Calcutta medical institutions reports 1871-78
Year: 1871
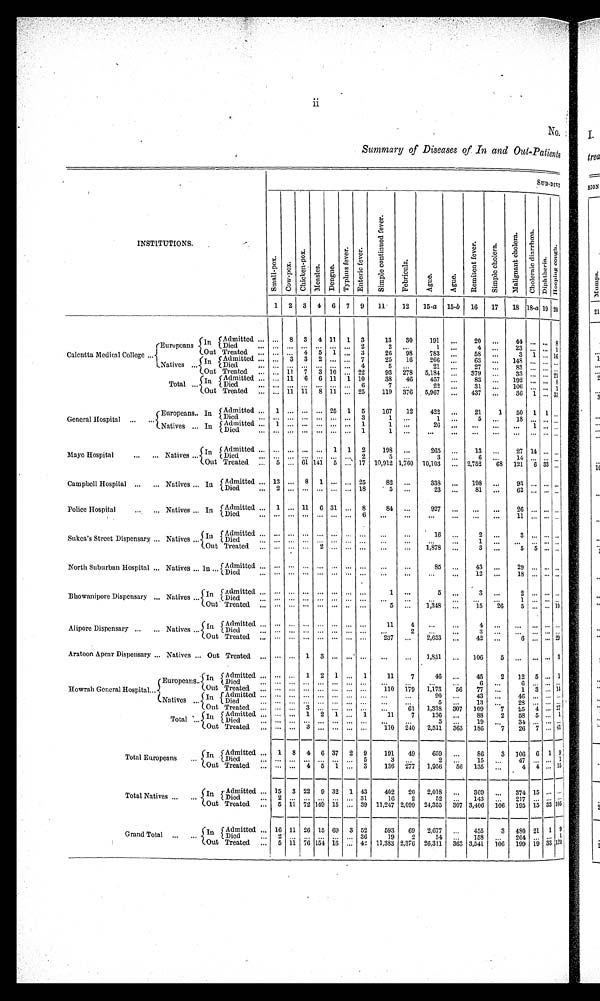
ii
No:
Summary of Diseases of. In and Out-Patients
S U B - D I V
INSTITUTIONS.
S m a l l - p o x .
V o w - p o x .
C h i c k e n - p o x .
M e a s l e s . D e n g u e .
T y p h y s f e v e r . E n t e r i c f e v e r .
S i m p l e c o n t i n u e d f e v e r .
F e b r i c u l a .
Ag u e .
Ag u e .
Remi t ent f ever .S i m p l e c h o l e r a .
M a l i g m a n t c h o l e r a . C h o l e r n i c d i a r r h o e a .
D h p t h e r i a .
H o o p i n g c o u g h .
1 2 3 4
6 7 9 11 12 15-a 15-b 16 17 18 18-a 19 20
Calcutta Medical College
Europeans
I n
Admitted ... 8 3 4 11 1 3
13 30 191 ... 20 ...
4 4 . . . ... 8
Died
... ... . . . ... ... ... 2
2 ...
1 ...
4. ... 23 . . . . . . 1
Natives
Out Treated
... . . . 4 5 1 . . . 3
26 98 783 ... 58 ... 3 1 ... 16
In Admitted ... . 3 3 2 ... . . . 7
25 16 266 ... 63 ... 148 ... . . . . . .
D i e d ... . . . . . . ... . . . . . . 4
5
. . .
21 ... 27 .. 83 . . . ... . . .
Out Treated
.. 11 7 3 10 ... 22
93 278 5,184 ... 379 ... 33 . . . ... 2 1
I n
A d m i t t e d ... 11 6 6 11 1 10
38 46 457 ... 83 ... 192 .. ... 8
Total
Died
. . . . . . . . . . . . . . . . . . 6
7
. . .
2 2
... 31 ... 106 . . . ... 1
O u t Treated
. . . 1 1 1 1 8 1 1 . . 2 5
1 1 9 3 7 6
5 , 9 6 7 ... 437 ...
3 6 1 ... 37
G e n e r a l H o s p i t a l Europeans
I n
A d m i t t e d 1 . . . . . . . . . 25 1 5 167 12 422 ... 21 1
5 0 1 1 . . .
Died
. . . . . . . . . . . . . . . . . .
3
1
. . .
1 ... 5
...
1 8 . . .
... . . .
Natives. In Admitted . . . . . . 1
. . . . . . . . . . . . . . 1
1
. . . 2 6
. . .
... ... ...
. . . 1 ... . . . .
Died
. . . . . . . . . . . . . . . . . . 1
1
. . .
. . . .
... ... ...
. . . . . .
... . . .
Mayo Hospital
Natives
I n Admitted ... ... .. ... 1 1 2 198 ...
265 ... 13 ... 27 14 ... . . .
Died
. . . . . . . . . . . . . . . . . . 2
5 ...
3 ...
6 ... 14 . . . ... . . .
Out Treated
5 . . . 6 1 1 4 1 5 . . . 17 10,912 1,760 10,103 ... 2,752 68 121 6 33 . . .
Campbell Hospital
Natives In
A d m i t t e d 13 . . . 8 1 . . . . . . 2 5
8 2 . . . 338 ... 198 .. 93 . . .
... . . .
D i e d 2 ... ... ... . . . . . 1 8
5
. . . 23 ...
81 ... 62 ... ... . . .
Police Hospital
Natives. In
Admitted
1 . . 11 .6 31 . . . 8
84 ...
927 ... ... ... 26 . . . ... . . .
D i e d . .
::: . . . . . . . . . . . . 6
. . .
. . . ... ... ... ...
1 1 . . .
... . .
Sukea's Street Dispensary Natives
I n Admitted
. . . . . . . . . . . . . . . . . . . . ... ...
16 ...
2 ...
3 . . .
... . . .
..
Died
... ... ... ... ... ... ... ... ...
..
... 1 ...
. . . . . .
... . . .
Out Treated
... ... ... 2 . . . . . . . . .
. . .
. . .
1 , 8 7 8
...
3 ... 5 5 . . . . .
North Suburban Hospital Natives. In
A d m i t t e d . . . . . . . . . . . . . . . . . . . . .
. . . .
. . .
85 ... 43 ... 29 . . .
... . . .
Died
. . . . . . . . . . . . . . . . . . . . .
. . .
. . . .. ... 12 ...
1 8 . .
... . . .
B h o w a n i p o e w D i s p e n s a r y Natives In
Admitted
. . . . . . . . . . . . . . . . . . . .
1 ..
5 ... 3 ..
2 . . .
... . . .
D i e d . . . . . . . . . . . . . . . . . . . . . ...
. . . ... ... ... ...
1 . . .
... . . .
Out Treated
. . . . . . . . . . . . . . . . . . . .
5
. . . 1,348 ... 15
26 5 ... ... 10
Alipore Dispensary
Natives
I n Admitted
. . . ... ... ... ... ... ...
11 4
. . . ... 4 ...
. . . . . . . . . . .
Died
. . . . . . . . . . . . . . . . . . . .
. . .
2
. . .
... 3
...
. . . . . .
.. . . .
Out Treated
. . . . . . . . . . . . . . . . . . . . 237 ... 2,653 ... 42 ...
6 ... ,.. 2 9
Aratoon Apear Dispensary Natives Out Treated
. . . . . . 1 3 ... . . . ... ... ... 1,851 ... 106 5
. . . . . . . . . 3
H o w e a h G e n e r a l H o s p i t a l
E u r o p e a n s In Admitted
. . . . . . 1 2 1 ... 1
11 7
46 ... 45 2
12 5 ... 1
D i e d . . . . . . ... ... . . . . . . . . .
. . . ...
. . . ...
6 ...
6 . . .
... . . .
Out
T r e a t e d . . . . . . . . . . . . . . . . . . . . . 110 179
1 , 1 7 3 56 77 . . .
.
1 3 ... 1 4
Natives
I n Admitted
. . . . . . . . . . . . . . . . . . . . .
. .
. . .
90 ... 43 ... 46 ... ... . . .
D i e d . . . . . . . . . . . . . . . . . . . .
. . .
. . .
5 ... 13 ...
2 8 . . . ... . . .
Out Treated
... ... . 3 . . . . . . . . . . . . . .. ... 61 1,338 307 109 7
2 5 4 ... 2 7
Total
I n
A d m i t t e d . . . . . . 1 2 1 . . . 1
11 7 136 ... 88 2
5 8 5 .... 1
D i e d ... . . . . . . . . . . . . . . . . .
. .
. . .
5 . . . . 19 ... 34 . . .
.. ...
Out Treated
... ... 3 . . . . . . . . . . . . 110
2 4 0 2,511 3.63 186 7 26 7 ... 4 1
Total Europeans
I n
A d m i t t e d
1 8 4
6 37 2 9 191 49 659 ... 86
3 106
6 1 9
Died
. . . . . . . . . . . . . . . . . . 5
3
. . .
2 ... 15
. . .
4 7 . . .
... 1
Out Treated
. . . . . . . . 4 5
1 . . . 3 136
2 7 7 1,956 56 135 . . .
4 4 ...
1 5
Total Natives
I n Admitted 15
3
3 22
9 32
1 43 43 402 20 2,018 ...
369
... 374 15 ... . . .
Died
2 .. . . . . . . . . . . . . 31
16 2
52 ... ...143 ...2 1 7 ... ... . . .
Out Treated
5 1 1 7. 2 149 15 ... 39 11,247 2,099 24,355 307 3,406 106 195 15 33 1 0 5
Grand Total
In
A d m i t t e d
1 6 11 26 15 69
3 5 2 593
6 9
2 , 6 7 7 . . . 455 3
4 8 0
21 1 9
D i e d
2
. . . . . . . . . . . . . . . 3 6
1 9
2
5 4
... 158 ...
2 6 4
... ... 1 . . .
Out Treated 5 11 7 6
154
1 6 . . . 42 11,383 2,376 26,311 3.63 3,541 106
199 19 33 1 2 0